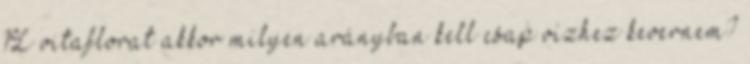
1L vitaflorat akkor milyen arányban kell csap vízhez kevernem?